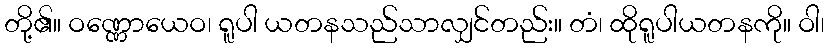
တို့၏။ ဝဏ္ဏောယေဝ၊ ရူပါ ယတနသည်သာလျှင်တည်း။ တံ၊ ထိုရူပါယတနကို။ ဝါ၊